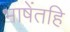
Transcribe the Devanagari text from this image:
भाषेंतहि